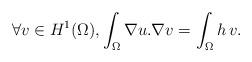
LaTeX: \begin{align*}\forall v\in H^1(\Omega), \int_\Omega\nabla u.\nabla v=\int_\Omega h\, v.\end{align*}